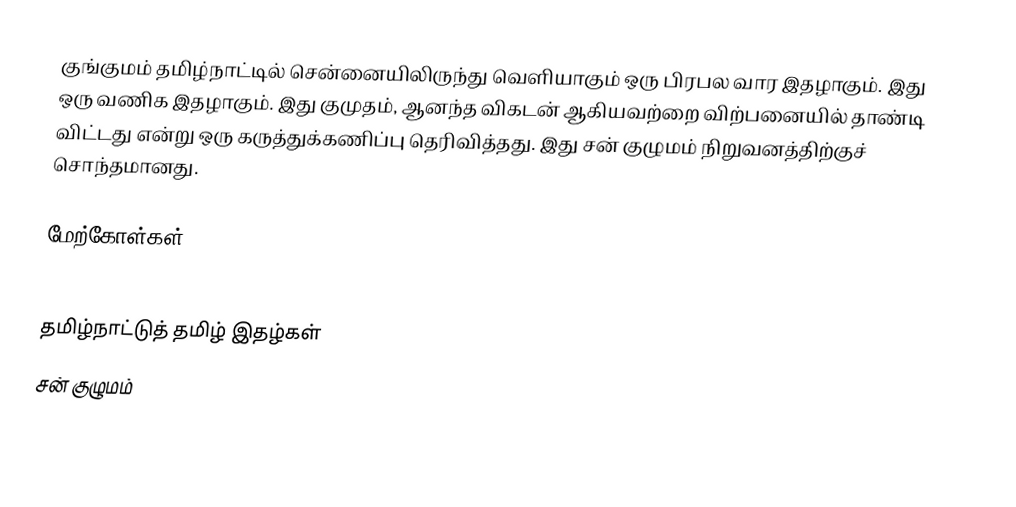
குங்குமம் தமிழ்நாட்டில் சென்னையிலிருந்து வெளியாகும் ஒரு பிரபல வார இதழாகும். இது ஒரு வணிக இதழாகும். இது குமுதம், ஆனந்த விகடன் ஆகியவற்றை விற்பனையில் தாண்டி விட்டது என்று ஒரு கருத்துக்கணிப்பு தெரிவித்தது. இது சன் குழுமம் நிறுவனத்திற்குச் சொந்தமானது.

மேற்கோள்கள்

தமிழ்நாட்டுத் தமிழ் இதழ்கள்
சன் குழுமம்